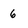
Character: 6